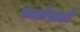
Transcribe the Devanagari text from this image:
काळेवाडी